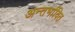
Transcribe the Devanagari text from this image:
अन्तर्भावित